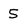
Character: 5